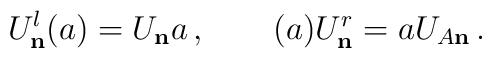
U^{l}_{\bf n} (a) = U_{\bf n}a \, , \qquad (a)U_{\bf n}^{r} = aU_{A\bf n} \, .